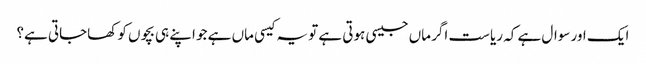
ایک اور سوال ہے کہ ریاست اگر ماں جیسی ہوتی ہے تو یہ کیسی ماں ہے جو اپنے ہی بچوں کو کھاجاتی ہے؟